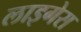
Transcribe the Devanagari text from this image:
लाइगेस